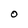
Character: O